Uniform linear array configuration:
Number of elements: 24
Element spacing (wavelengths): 0.25
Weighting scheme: blackman
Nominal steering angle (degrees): -60
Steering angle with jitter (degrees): -61.702
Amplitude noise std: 0.05
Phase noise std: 0.05

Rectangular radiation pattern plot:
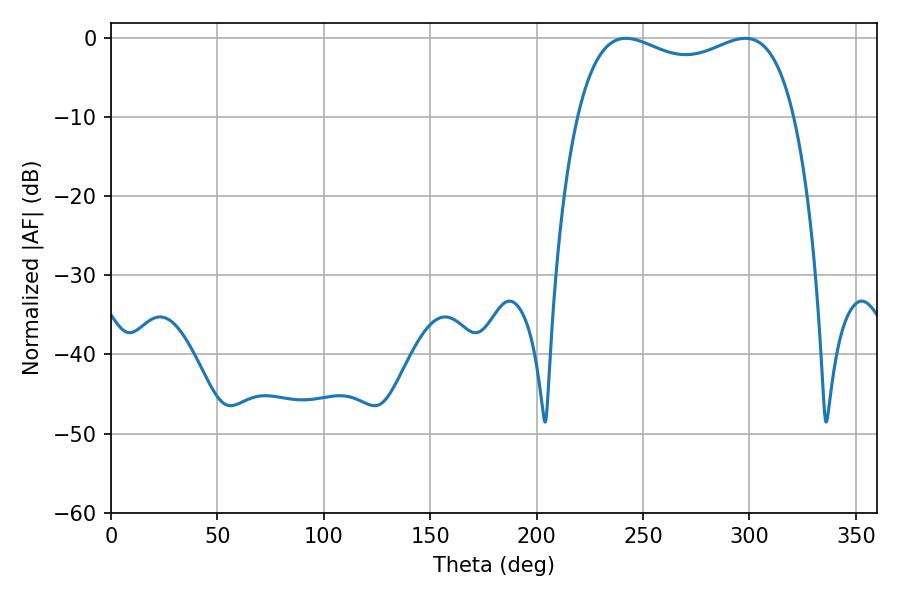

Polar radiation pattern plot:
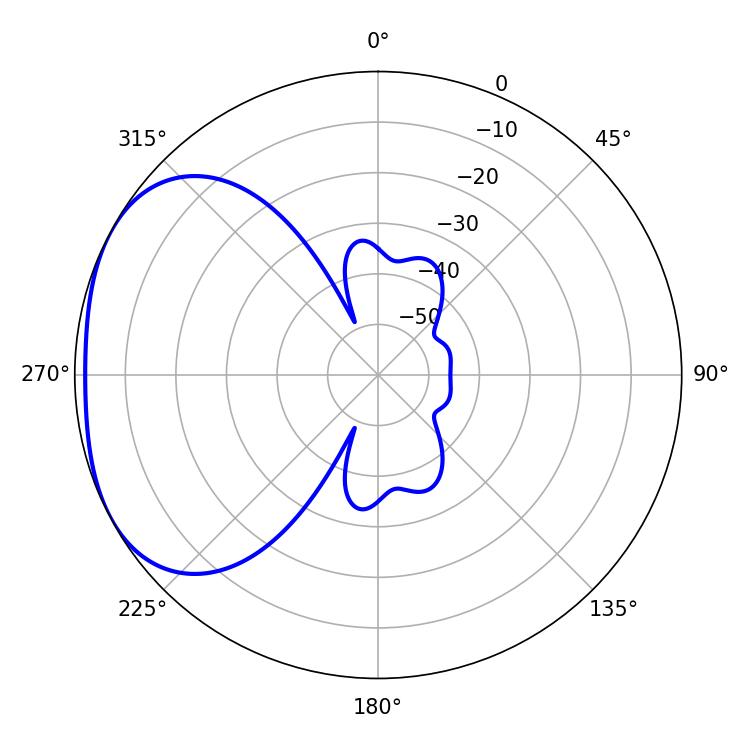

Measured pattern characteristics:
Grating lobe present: FALSE
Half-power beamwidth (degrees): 84.24
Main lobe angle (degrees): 241.92